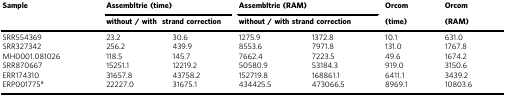
<table><thead><tr><td rowspan="2"><b>Sample</b></td><td colspan="2"><b>Assembltrie (time)</b></td><td colspan="2"><b>Assembltrie (RAM)</b></td><td><b>Orcom</b></td><td><b>Orcom</b></td></tr><tr><td colspan="2"><b>without / withstrand correction</b></td><td colspan="2"><b>without / with strand correction</b></td><td><b>(time)</b></td><td><b>(RAM)</b></td></tr></thead><tbody><tr><td>SRR554369</td><td>23.2</td><td>30.6</td><td>1275.9</td><td>1372.8</td><td>10.1</td><td>631.0</td></tr><tr><td>SRR327342</td><td>256.2</td><td>439.9</td><td>8553.6</td><td>7971.8</td><td>131.0</td><td>1767.8</td></tr><tr><td>MH0001.081026</td><td>118.5</td><td>145.7</td><td>7662.4</td><td>7223.5</td><td>49.6</td><td>1674.2</td></tr><tr><td>SRR870667</td><td>15251.1</td><td>12219.2</td><td>50580.9</td><td>53184.3</td><td>919.0</td><td>3150.6</td></tr><tr><td>ERR174310</td><td>31657.8</td><td>43758.2</td><td>152719.8</td><td>168861.1</td><td>6411.1</td><td>3439.2</td></tr><tr><td>ERP001775<sup>a</sup></td><td>22227.0</td><td>31675.1</td><td>434425.5</td><td>473066.5</td><td>8969.1</td><td>10803.6</td></tr></tbody></table>